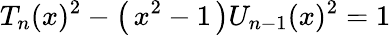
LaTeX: T_{n}(x)^{2}-\left(\, x^{2}-1\, \right)U_{n-1}(x)^{2}=1